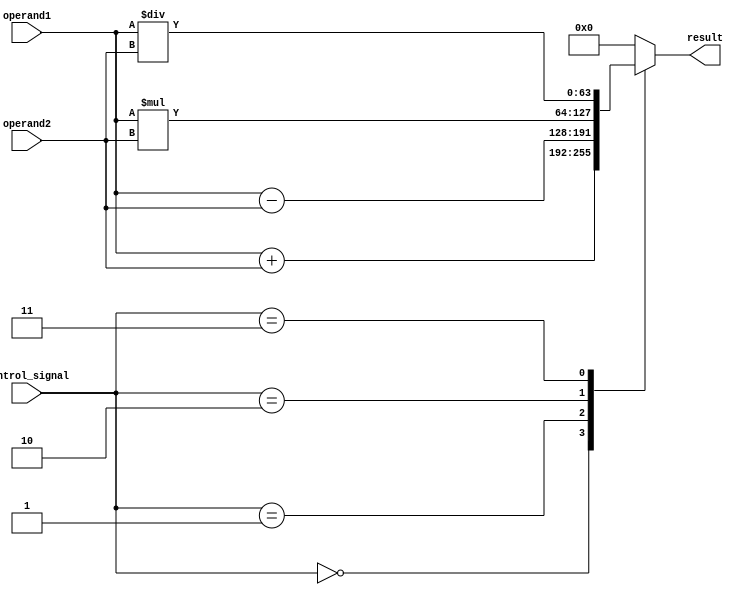
module ALU_64bit(input [63:0] operand1, input [63:0] operand2, input [2:0] control_signal, output reg [63:0] result);

// Arithmetic blocks
reg [63:0] add_result, sub_result, mult_result, div_result;

// Control signal decoding
always @ (*)
begin
    case (control_signal)
        3'b000: result = operand1 + operand2; // Addition
        3'b001: result = operand1 - operand2; // Subtraction
        3'b010: result = operand1 * operand2; // Multiplication
        3'b011: result = operand1 / operand2; // Division
        // Add more cases for other operations if needed
        default: result = 64'b0; // Default to zero output
    endcase
end

endmodule